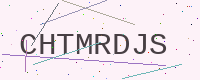
Text: CHTMRDJS